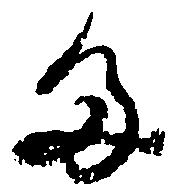
多